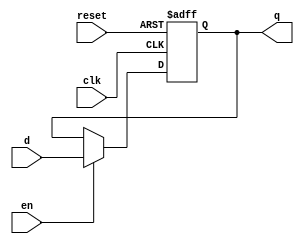

module flopenr #(parameter WIDTH = 8)
                (input               clk, reset,
                 input               en,
                 input   [WIDTH-1:0] d, 
                 output reg [WIDTH-1:0] q);
 
  always @(posedge clk, posedge reset)
    if      (reset) q <= 0;
    else if (en)    q <= d;
endmodule